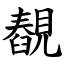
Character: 䚎